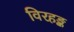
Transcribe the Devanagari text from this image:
विरहङ्क